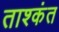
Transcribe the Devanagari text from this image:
ताश्कंत